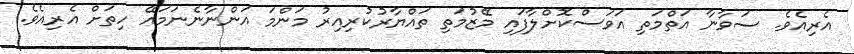
އެރިއެވެ. ސަވާނާ އަތްމަތި އަވަސްކޮށްލާފައި މޭޒުމަތި ތައްޔާރުކުރިއިރު މަންމަ އަންނާނެނަމައޭ ހިތަށް އެރިއެވެ.